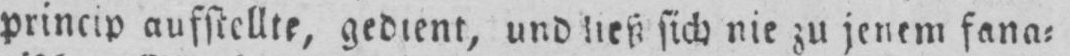
princip aufstellte, gedient, und ließ sich nie zu jenem fana⸗